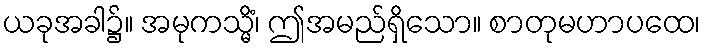
ယခုအခါ၌။ အမုကသ္မိံ၊ ဤအမည်ရှိသော။ စာတုမဟာပထေ၊